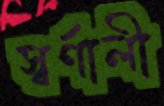
স্বর্ণালী